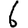
Digit: 6